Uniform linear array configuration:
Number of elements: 4
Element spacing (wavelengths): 1
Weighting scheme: blackman
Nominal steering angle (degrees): -30
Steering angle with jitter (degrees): -30.387
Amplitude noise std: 0.05
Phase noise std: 0.05

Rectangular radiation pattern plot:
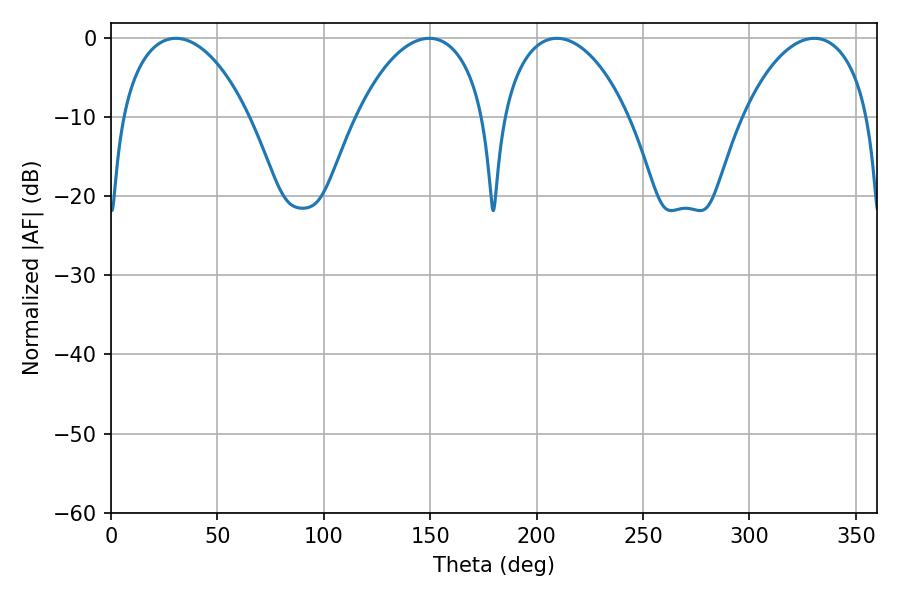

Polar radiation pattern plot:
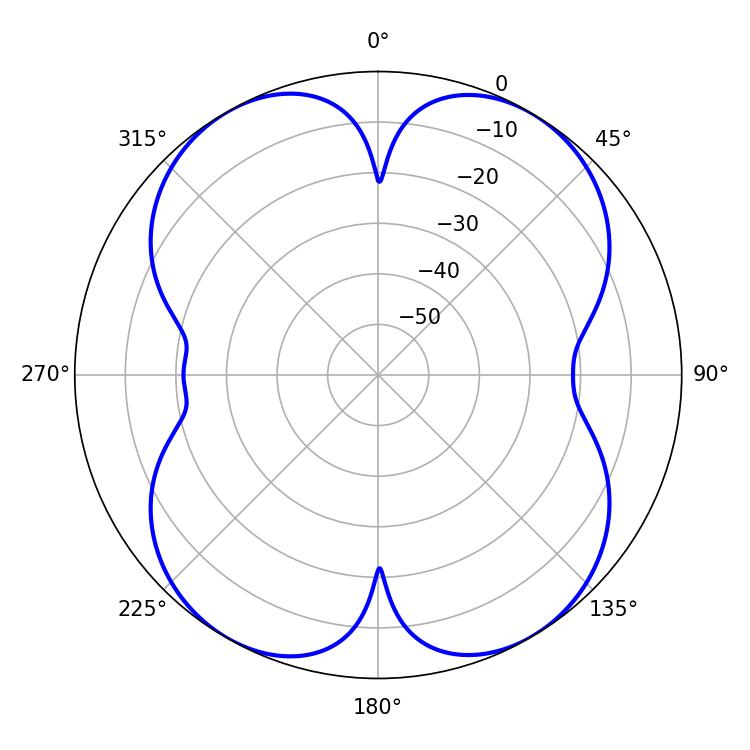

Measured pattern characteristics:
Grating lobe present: TRUE
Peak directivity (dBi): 18.402
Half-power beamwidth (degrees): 34.02
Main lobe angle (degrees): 209.52